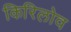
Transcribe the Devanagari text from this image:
किरिलोव